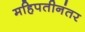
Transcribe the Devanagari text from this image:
महिपतीनंतर